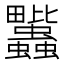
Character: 𧖈